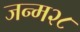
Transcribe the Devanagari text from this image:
जन्म२८